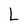
Character: L